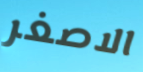
الاصغر